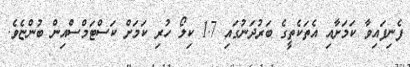
ފެނިފައިވާ ކަމަށާއި އެތަކެތީގެ ބަރުދަނުގައި 1.7 ކިލޯ ހުރި ކަމަށް ކަސްޓަމްސްއިން ބުންޏެވެ.